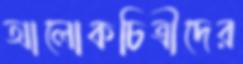
আলোকচিত্রীদের